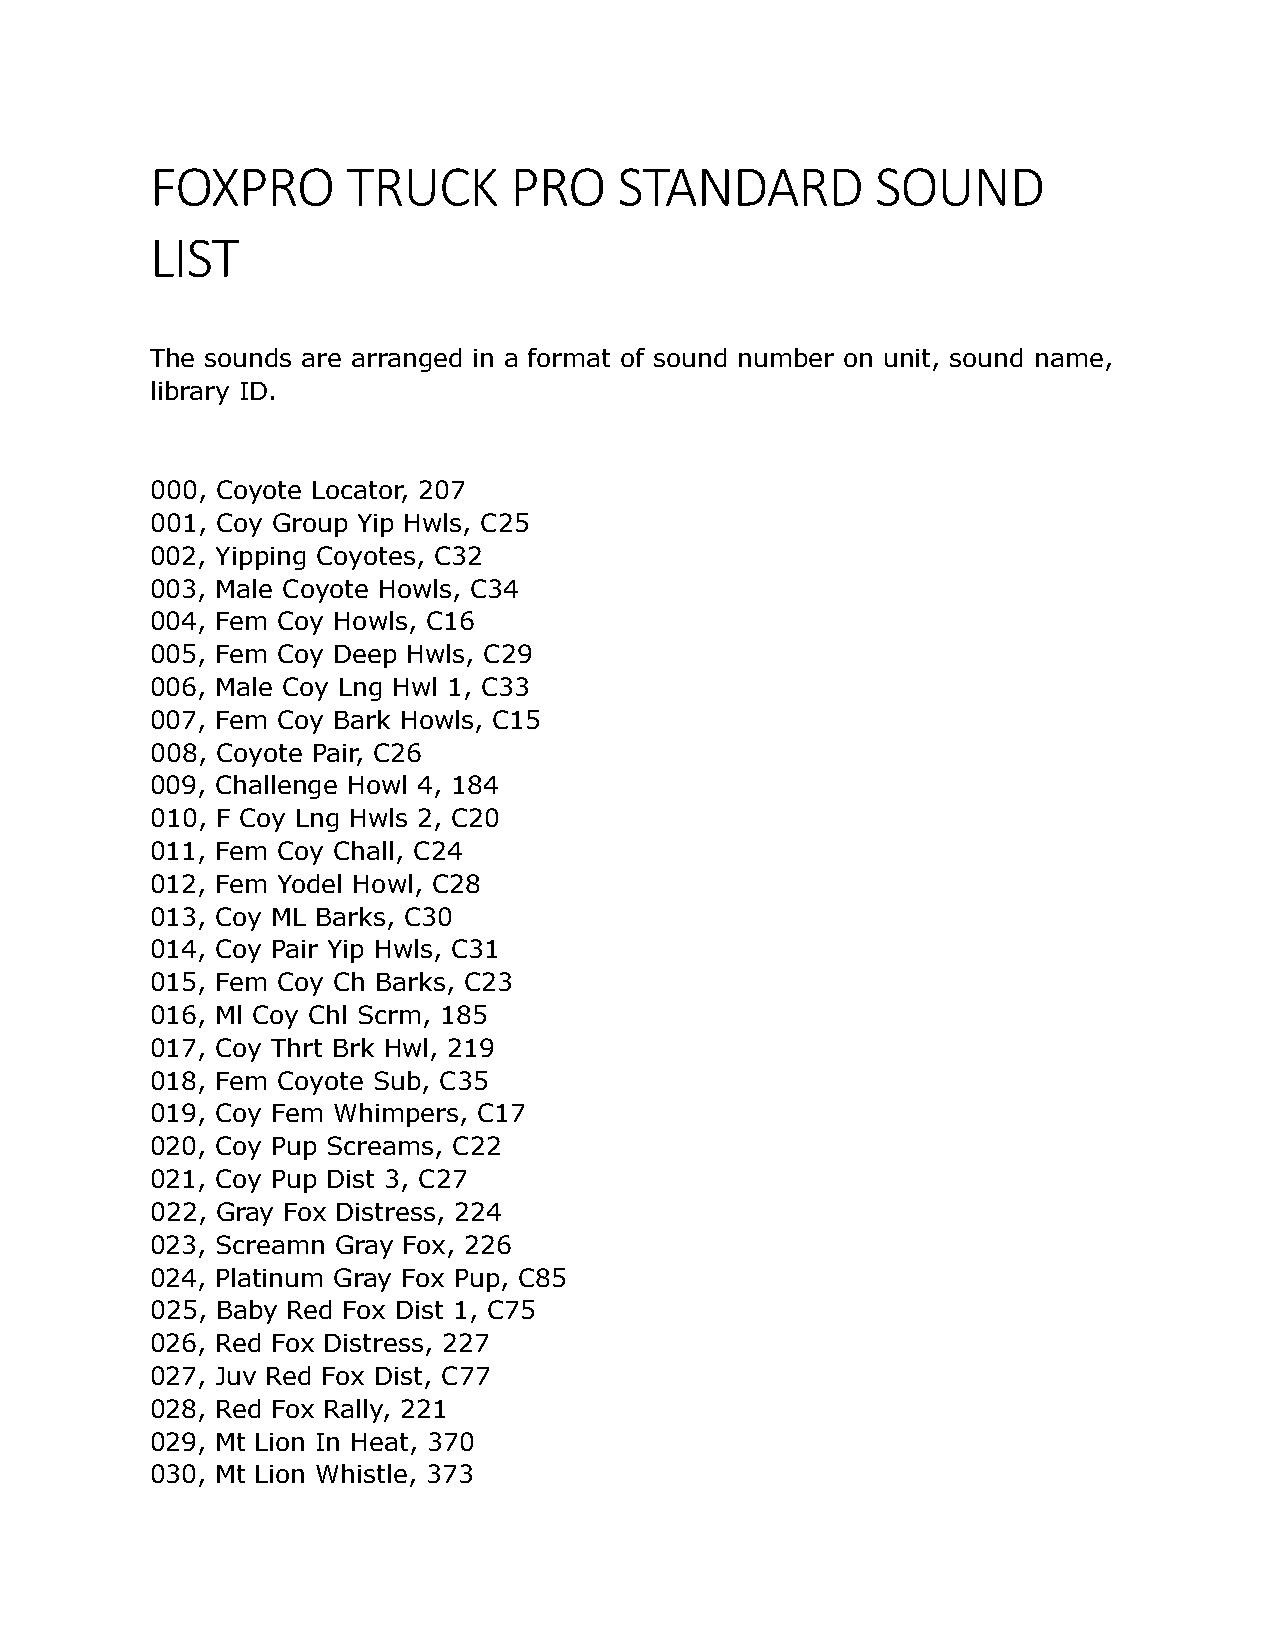
FOXPRO       TRUCK      PRO    STANDARD         SOUND
 LIST
 The sounds are arranged in a format of sound number on unit, sound name,
 library ID.
 000, Coyote Locator, 207
 001, Coy Group Yip Hwls, C25
 002, Yipping Coyotes, C32
 003, Male Coyote Howls, C34
 004, Fem Coy Howls, C16
 005, Fem Coy Deep Hwls, C29
 006, Male Coy Lng Hwl 1, C33
 007, Fem Coy Bark Howls, C15
 008, Coyote Pair, C26
 009, Challenge Howl 4, 184
 010, F Coy Lng Hwls 2, C20
 011, Fem Coy Chall, C24
 012, Fem Yodel Howl, C28
 013, Coy ML Barks, C30
 014, Coy Pair Yip Hwls, C31
 015, Fem Coy Ch Barks, C23
 016, Ml Coy Chl Scrm, 185
 017, Coy Thrt Brk Hwl, 219
 018, Fem Coyote Sub, C35
 019, Coy Fem Whimpers, C17
 020, Coy Pup Screams, C22
 021, Coy Pup Dist 3, C27
 022, Gray Fox Distress, 224
 023, Screamn Gray Fox, 226
 024, Platinum Gray Fox Pup, C85
 025, Baby Red Fox Dist 1, C75
 026, Red Fox Distress, 227
 027, Juv Red Fox Dist, C77
 028, Red Fox Rally, 221
 029, Mt Lion In Heat, 370
 030, Mt Lion Whistle, 373